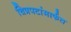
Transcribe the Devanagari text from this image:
चित्रपटांमार्फत